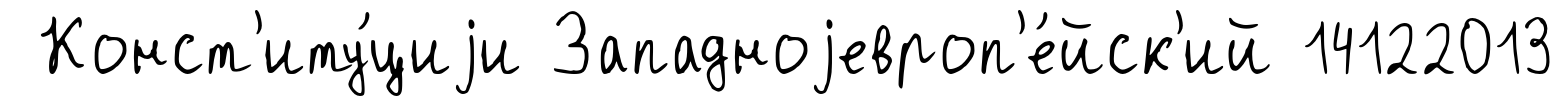
Конст'иту́циjи Западноjевроп'е́йск'ий 14122013